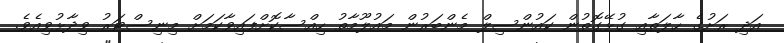
އަދި ރަށުގެ ހާލަތާއި ގުޅޭގޮތުން ކައުންސިލް މެންބަރުން މައުލޫމާތު ހިއްސާކޮށްފައިވާކަަމަށް މިނިސްޓަރު ވިދާޅުވިއެވެ.